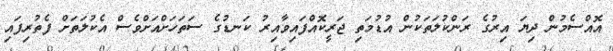
އޮއްސެމުން ދިޔަ އިރުގެ ރަންކުލަތަކުން އުޑުމަތި ޖަރީކޮއްފައިވާއިރު ކަނޑުގެ ސަތަހަށްއަށްވެސް އެކުލަތަށް ފެތުރިފައި